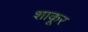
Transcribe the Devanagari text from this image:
शाकूर